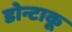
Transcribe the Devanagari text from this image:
डोन्टाकू